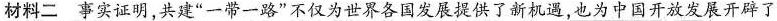
材料二事实证明，共建”一带一路”不仅为世界各国发展提供了新机遇，也为中国开放发展开辟了